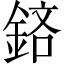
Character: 𨦽